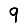
Digit: 9